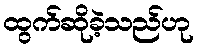
ထွက်ဆိုခဲ့သည်ဟု